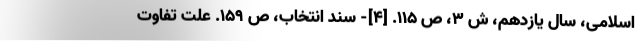
اسلامی، سال یازدهم، ش ۳، ص ۱۱۵. [۴]- سند انتخاب، ص ۱۵۹. علت تفاوت